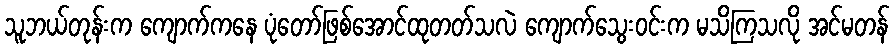
သူဘယ်တုန်းက ကျောက်ကနေ ပုံတော်ဖြစ်အောင်ထုတတ်သလဲ ကျောက်သွေးဝင်းက မသိကြသလို အင်မတန်